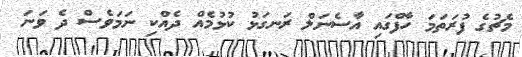
މެޗުގެ ފުރަތަމަ ހާފްގައި އާސެނަލް ރަނގަޅު ކުޅުމެއް ދެއްކި ނަމަވެސް ދެ ވަނަ